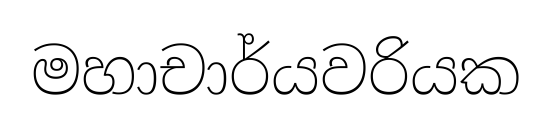
මහාචාර්යවරියක